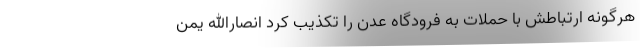
هرگونه ارتباطش با حملات به فرودگاه عدن را تکذیب کرد انصارالله یمن